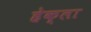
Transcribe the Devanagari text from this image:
हेक्ला